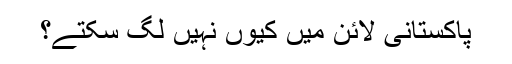
پاکستانی لائن میں کیوں نہیں لگ سکتے؟